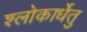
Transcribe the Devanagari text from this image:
श्लोकार्धेतु